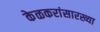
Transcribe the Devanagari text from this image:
केळकरांसारख्या